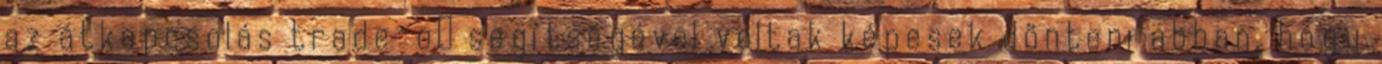
az átkapcsolás trade-oﬀ segítségével voltak képesek dönteni abban, hogy